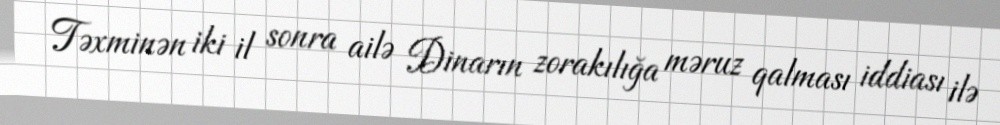
Təxminən iki il sonra ailə Dinarın zorakılığa məruz qalması iddiası ilə